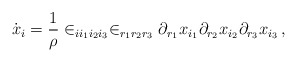
\begin{align*} \dot{x}_i=\frac{1}{\rho}\in_{ii_1i_2i_3}\in_{r_1r_2r_3} \partial_{r_1} x_{i_1}\partial_{r_2}x_{i_2}\partial_{r_3}x_{i_3}\,,\end{align*}